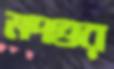
মদ্গুর